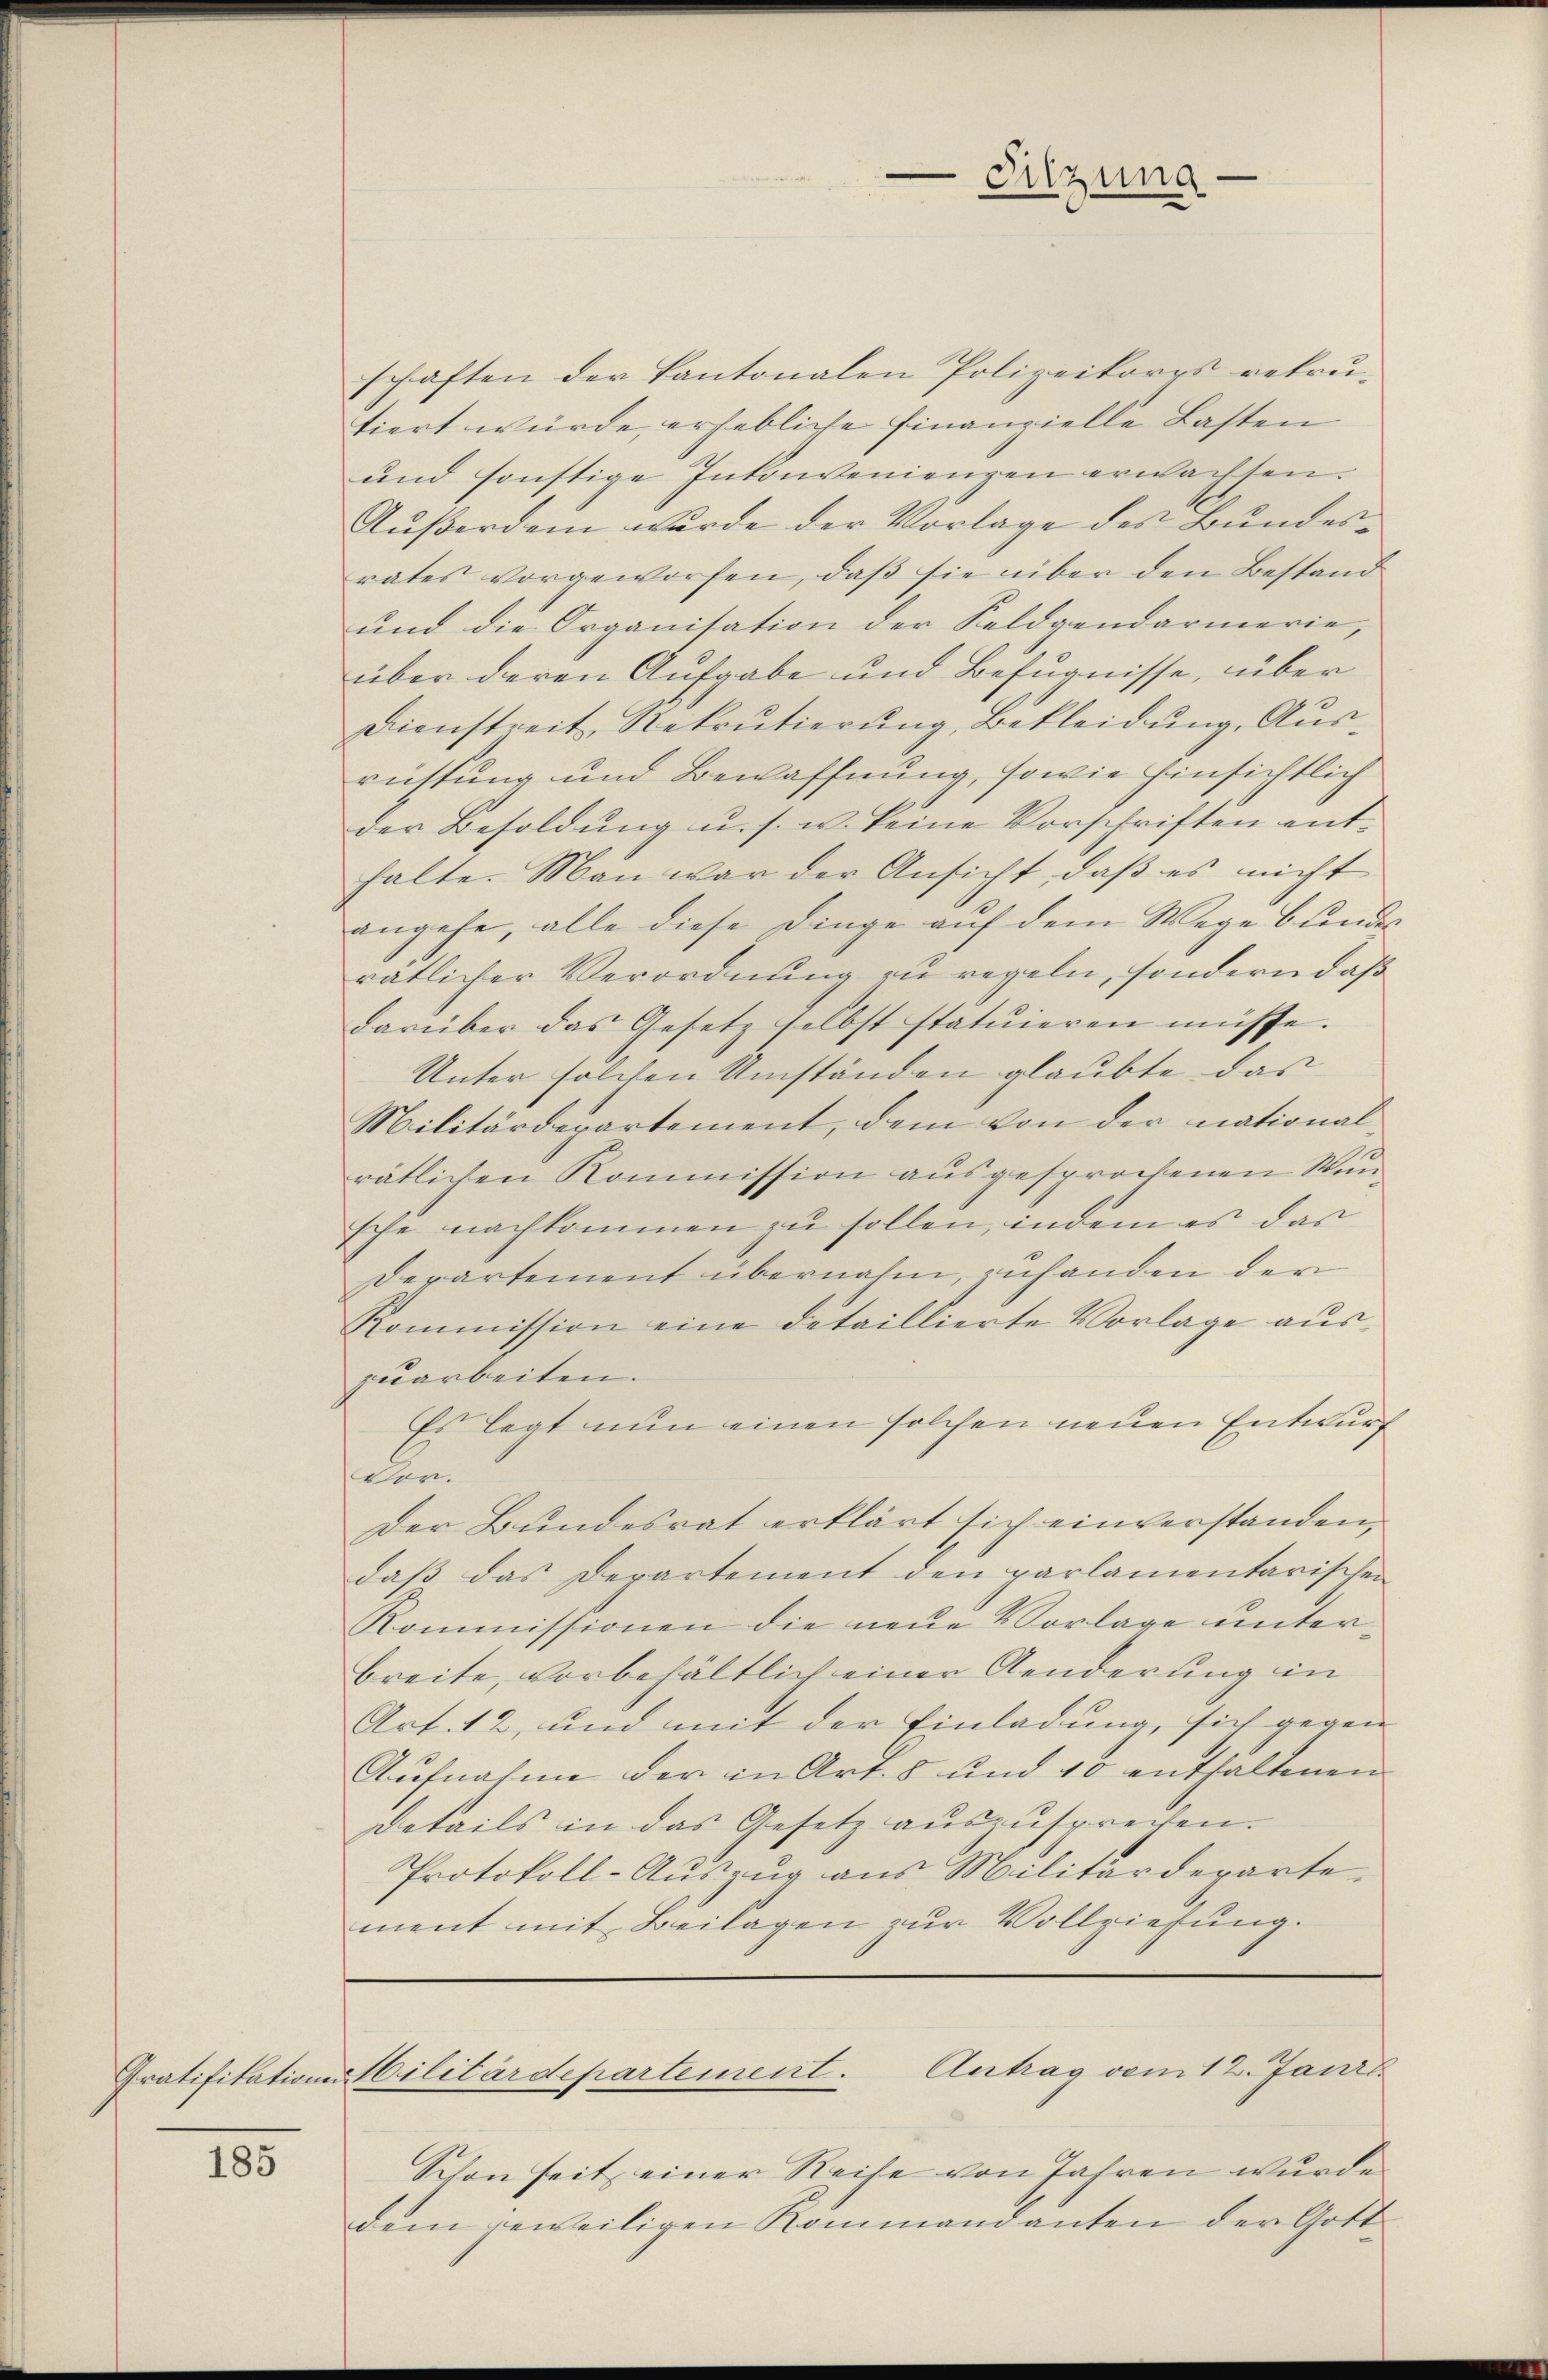
Gratifikation

185

Sitzung

schaften der Kantonalen Polizeikorps rekrutiert würde, erhebliche Finanzielle Lasten
und sonstige Inkonvenienzen erwachsen.
Außerdem wurde der Vorlage des Bundesrates vorgeworfen, daß sie über den Bestand
und die Organisation der Feldpendarmerie,
über deren Aufgabe und Befugnisse, über
Dienstreit, Rekrutierŭng, Bekleidŭng, Aŭs-
richtung und Bewaffnung, sowie hinsichtlich
der Besoldung u. s. w. keine Vorschriften enthalte. Man war der Ansicht, daβ es nicht
angehe, alle diese Dinge auf dem Wege bundes
ratlicher Verordnung zu regeln, sondern daß
darüber das Gesetz selbst statuieren müsse.
Unter solchen Umständen glaubte das
Militärdepartement, dem von der nationalrätlichen Kommission ausgesprochenen Wunsche nachkommen zu sollen, indem es das
Departement übernahm, zuhanden der
Kommission eine detaillierte Vorlage aŭs-
zuarbeiten.
Es legt nun einen solchen neuen Entwurf
Vor.
Der Bundesrat erklärt sich einverstanden,
daβ das Departement den parlamentarischen
Kommissionen die neue Vorlage unterbreite, vorbehältlich einer Aenderung in
Art. 12, und mit der Einladung, sich gegen
Aŭfnahme der in Art. 8 und 10 enthaltenen
Details in das Gesetz aŭszŭsprechen.
Protokoll-Auszug aus Militärdepartement mit Beilagen zur Vollziehung.

Militärdepartement. Antrag vom 12. Janis

Schon seit einer Reise von Jahren wurde
dem jeweiligen Kommandanten der Gott